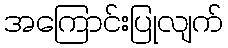
အကြောင်းပြုလျက်